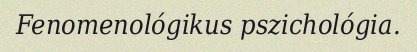
Fenomenológikus pszichológia.